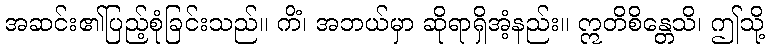
အဆင်း၏ပြည့်စုံခြင်းသည်။ ကိံ၊ အဘယ်မှာ ဆိုရာရှိအံ့နည်း။ ဣတိစိန္တေသိ၊ ဤသို့